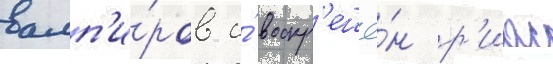
вамп'и́ров и́ воскр'ешё́н р'иас